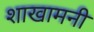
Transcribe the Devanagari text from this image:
शाखामनी